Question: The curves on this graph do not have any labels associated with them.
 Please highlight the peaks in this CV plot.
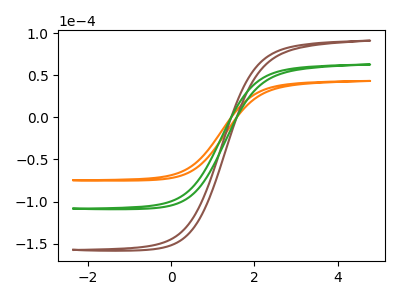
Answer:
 <answer>The orange curve "orange" has no peaks. The brown curve "brown" has no peaks. The green curve "green" has no peaks.</answer>
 <eval></eval>